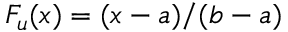
F _ { u } ( x ) = ( x - a ) / ( b - a )